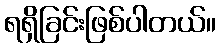
ရရှိခြင်းဖြစ်ပါတယ်။